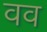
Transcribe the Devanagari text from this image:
वव